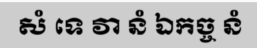
សំ ទេ វា នំ ឯកច្ច នំ